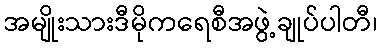
အမျိုးသားဒီမိုကရေစီအဖွဲ့ချုပ်ပါတီ၊